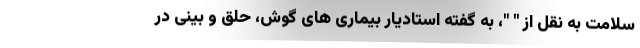
سلامت به نقل از " "، به گفته استادیار بیماری های گوش، حلق و بینی در